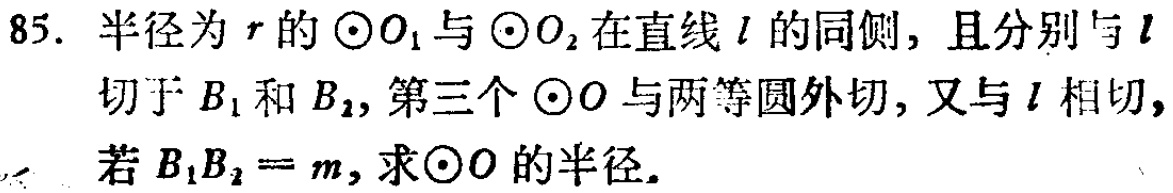
85. 半径为\(r\)的\(\odot O_{1}\)与\(\odot O_{2}\)在直线\(l\)的同侧，且分别与\(l\)切于\(B_{1}\)和\(B_{2}\)，第三个\(\odot O\)与两等圆外切，又与\(l\)相切，若\(B_{1}B_{2}=m\)，求\(\odot O\)的半径。